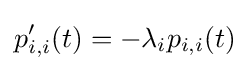
p'_{i,i}(t)=-\lambda _{i}p_{i,i}(t)